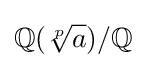
\mathbb {Q} ({\sqrt[{p}]{a}})/\mathbb {Q}